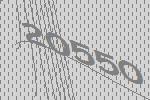
20550